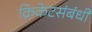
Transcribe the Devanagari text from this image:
क्रिकेटसंबंधी